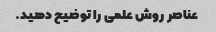
عناصر روش علمی را توضیح دهید.